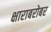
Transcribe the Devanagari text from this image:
क्षाराबरोबर